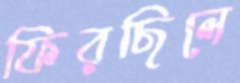
ফিরছিলে